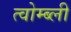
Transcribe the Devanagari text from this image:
त्वोम्ब्ली